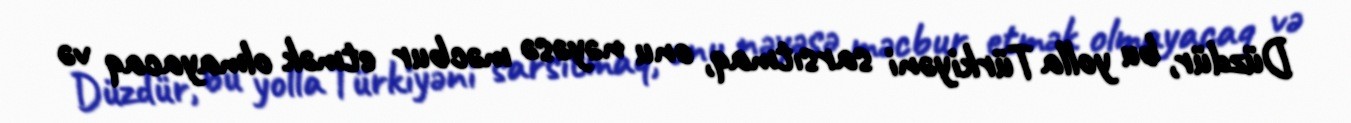
Düzdür, bu yolla Türkiyəni sarsıtmaq, onu nəyəsə məcbur etmək olmayacaq və